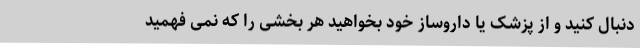
دنبال کنید و از پزشک یا داروساز خود بخواهید هر بخشی را که نمی فهمید